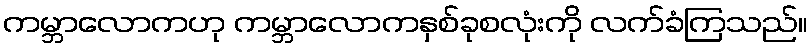
ကမ္ဘာလောကဟု ကမ္ဘာလောကနှစ်ခုစလုံးကို လက်ခံကြသည်။